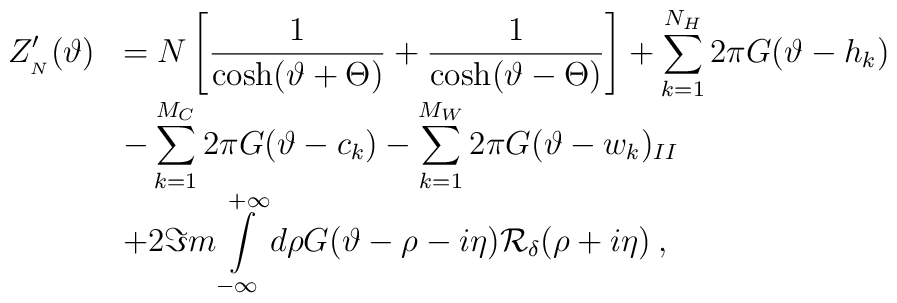
\begin{array}{rl}\displaystyle Z'_{_{N}}(\vartheta ) & =N\left[ \displaystyle\frac{1}{\cosh (\vartheta +\Theta )}+\displaystyle\frac{1}{\cosh (\vartheta -\Theta )}\right] +\displaystyle\sum ^{N_{H}}_{k=1}2\pi G(\vartheta -h_{k})\\ & -\displaystyle\sum ^{M_{C}}_{k=1}2\pi G(\vartheta -c_{k})-\displaystyle\sum ^{M_{W}}_{k=1}2\pi G(\vartheta -w_{k})_{II}\\ & +2\Im m\displaystyle\int\limits ^{+\infty }_{-\infty }d\rho G(\vartheta -\rho -i\eta ){\cal R}_{\delta }(\rho +i\eta )\: ,\end{array}